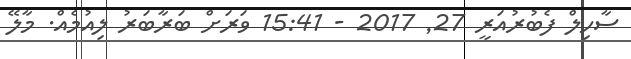
ސާހިލް ފެބުރުއަރީ 27